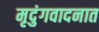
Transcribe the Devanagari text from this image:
मृदुंगवादनात